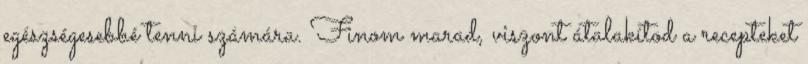
egészségesebbé tenni számára. Finom marad, viszont átalakítod a recepteket